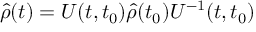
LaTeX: \hat { \rho } ( t ) = U ( t , t _ { 0 } ) \hat { \rho } ( t _ { 0 } ) U ^ { - 1 } ( t , t _ { 0 } )